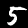
Digit: 5